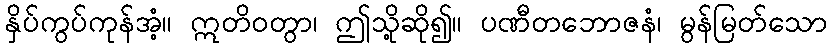
နှိပ်ကွပ်ကုန်အံ့။ ဣတိဝတွာ၊ ဤသို့ဆို၍။ ပဏီတဘောဇနံ၊ မွန်မြတ်သော